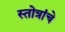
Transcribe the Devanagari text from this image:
स्तोत्रांचे